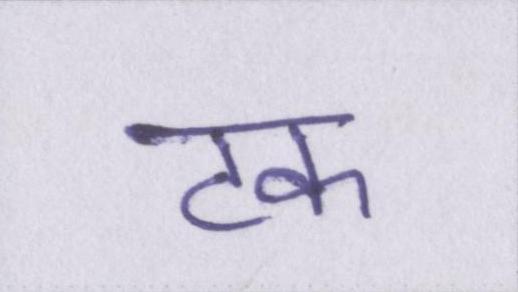
टक